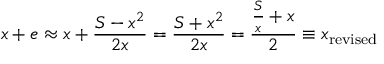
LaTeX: x + e \approx x + { \frac { S - x ^ { 2 } } { 2 x } } = { \frac { S + x ^ { 2 } } { 2 x } } = { \frac { { \frac { S } { x } } + x } { 2 } } \equiv x _ { \mathrm { r e v i s e d } }